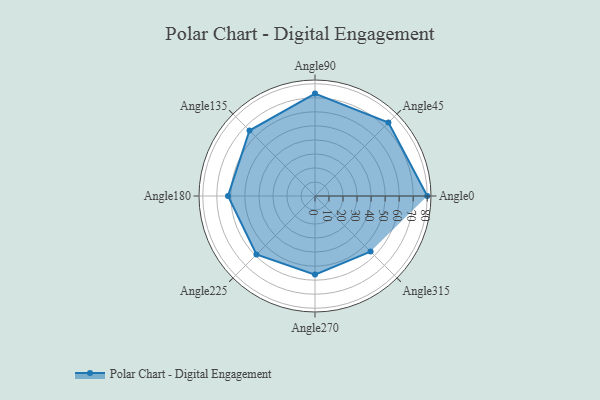
{"axis": {"x": "Angle", "y": "Radius"}, "legend": [""], "data": [{"x": "Angle0", "y": 80.0, "type": ""}, {"x": "Angle45", "y": 74.0, "type": ""}, {"x": "Angle90", "y": 73.0, "type": ""}, {"x": "Angle135", "y": 66.0, "type": ""}, {"x": "Angle180", "y": 62.0, "type": ""}, {"x": "Angle225", "y": 59.0, "type": ""}, {"x": "Angle270", "y": 56.0, "type": ""}, {"x": "Angle315", "y": 56.0, "type": ""}]}